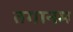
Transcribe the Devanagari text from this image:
तगानम